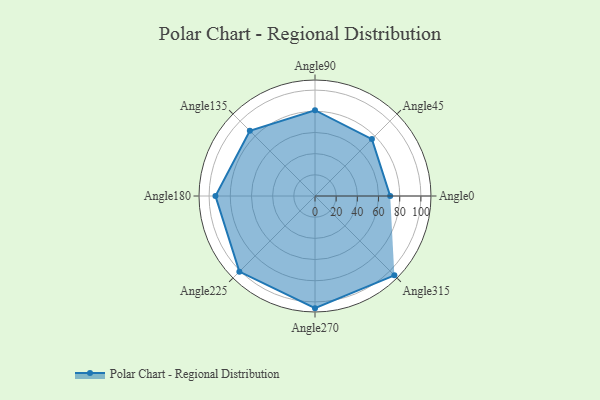
{"axis": {"x": "Angle", "y": "Radius"}, "legend": [""], "data": [{"x": "Angle0", "y": 71.0, "type": ""}, {"x": "Angle45", "y": 76.0, "type": ""}, {"x": "Angle90", "y": 81.0, "type": ""}, {"x": "Angle135", "y": 87.0, "type": ""}, {"x": "Angle180", "y": 94.0, "type": ""}, {"x": "Angle225", "y": 101.0, "type": ""}, {"x": "Angle270", "y": 106.0, "type": ""}, {"x": "Angle315", "y": 106.0, "type": ""}]}